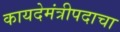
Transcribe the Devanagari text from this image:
कायदेमंत्रीपदाचा